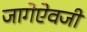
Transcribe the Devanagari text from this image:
जागेऐवजी